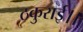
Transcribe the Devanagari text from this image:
ठकुराई।।